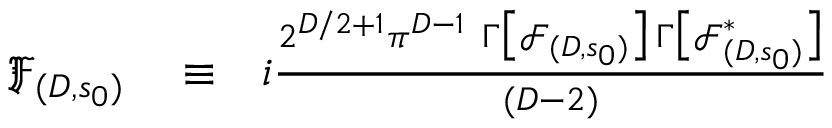
\begin{array} { r l r } { \mathfrak { F } _ { ( D , s _ { 0 } ) } } & { { } \equiv } & { i \frac { 2 ^ { D / 2 + 1 } \pi ^ { D - 1 } \ \Gamma \big [ \mathcal { F } _ { ( D , s _ { 0 } ) } \big ] \, \Gamma \big [ \mathcal { F } _ { ( D , s _ { 0 } ) } ^ { * } \big ] } { ( D - 2 ) } } \end{array}